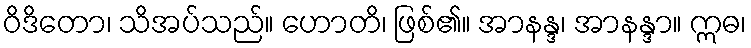
ဝိဒိတော၊ သိအပ်သည်။ ဟောတိ၊ ဖြစ်၏။ အာနန္ဒ၊ အာနန္ဒာ။ ဣဓ၊